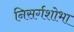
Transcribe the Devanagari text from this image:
निसर्गशोभा